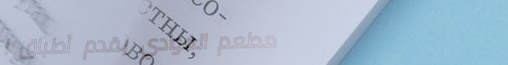
مطعم الفوادي يقدم أطباق ا